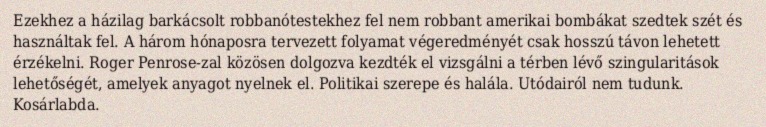
Ezekhez a házilag barkácsolt robbanótestekhez fel nem robbant amerikai bombákat szedtek szét és használtak fel. A három hónaposra tervezett folyamat végeredményét csak hosszú távon lehetett érzékelni. Roger Penrose-zal közösen dolgozva kezdték el vizsgálni a térben lévő szingularitások lehetőségét, amelyek anyagot nyelnek el. Politikai szerepe és halála. Utódairól nem tudunk. Kosárlabda.